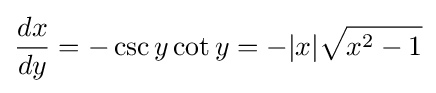
{\frac {dx}{dy}}=-\csc y\cot y=-|x|{\sqrt {x^{2}-1}}